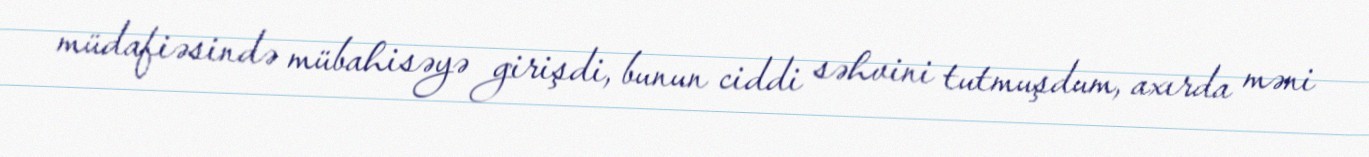
müdafiəsində mübahisəyə girişdi, bunun ciddi səhvini tutmuşdum, axırda məni